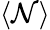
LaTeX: \langle\mathcal{N}\rangle